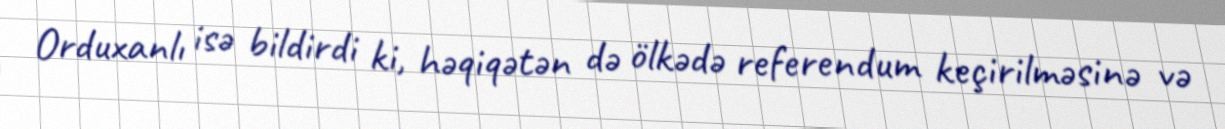
Orduxanlı isə bildirdi ki, həqiqətən də ölkədə referendum keçirilməsinə və